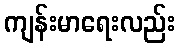
ကျန်းမာရေးလည်း